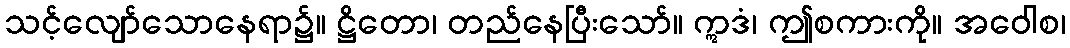
သင့်လျော်သောနေရာ၌။ ဋ္ဌိတော၊ တည်နေပြီးသော်။ ဣဒံ၊ ဤစကားကို။ အဝေါစ၊